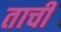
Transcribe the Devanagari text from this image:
ताची